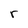
Character: r